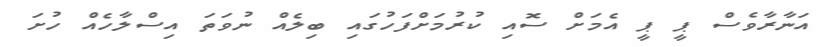
އަނާރާވެސް ޕީ ޕީ އެމަށް ސޮއި ކުރުމަށްފަހުގައި ބިލެއް ނުވަތަ އިސްލާހެއް ހުށަ